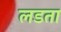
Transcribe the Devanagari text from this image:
लडता